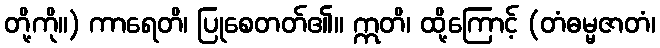
တို့ကို။) ကာရေတိ၊ ပြုစေတတ်၏။ ဣတိ၊ ထို့ကြောင့် (တံဓမ္မဇာတံ၊